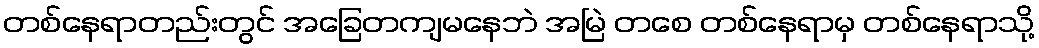
တစ်နေရာတည်းတွင် အခြေတကျမနေဘဲ အမြဲ တစေ တစ်နေရာမှ တစ်နေရာသို့